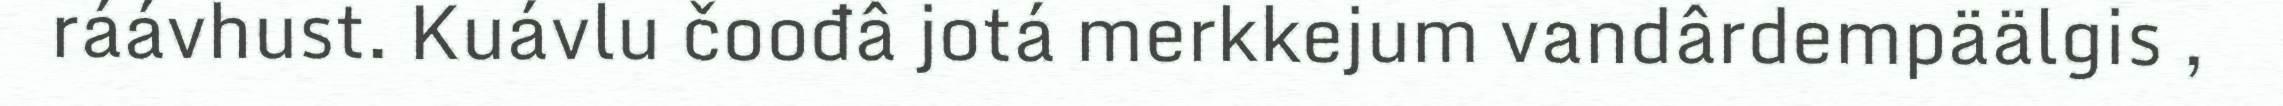
ráávhust. Kuávlu čoođâ jotá merkkejum vandârdempäälgis ,